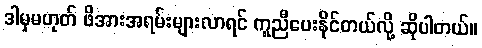
ဒါမှမဟုတ် ဖိအားအရမ်းများလာရင် ကူညီပေးနိုင်တယ်လို့ ဆိုပါတယ်။